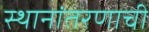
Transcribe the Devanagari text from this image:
स्थानांतरणाची